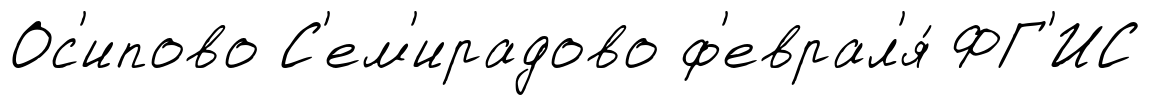
Ос'ипово С'ем'ирадово ф'еврал'я́ ФГ'ИС